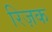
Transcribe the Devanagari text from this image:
रिज़क